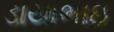
ડાયાભાઇ